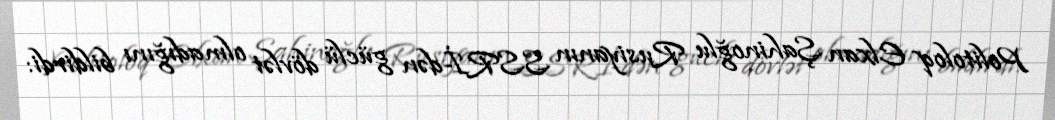
Politoloq Elxan Şahinoğlu Rusiyanın SSRİ-dən güclü dövlət olmadığını bildirdi: